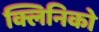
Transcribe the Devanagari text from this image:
क्लिनिको